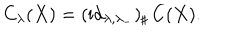
LaTeX: C _ { \lambda } ( X ) = ( \mathrm { i d } _ { \lambda , \lambda _ { - } } ) _ { \sharp } \, C ( X ) .